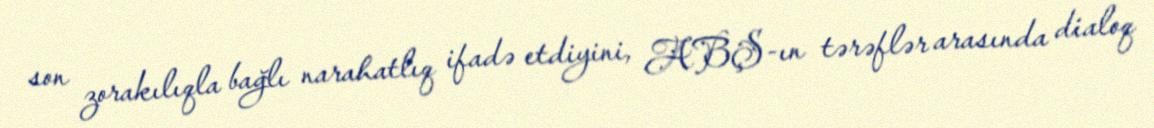
son zorakılıqla bağlı narahatlıq ifadə etdiyini, ABŞ-ın tərəflər arasında dialoq